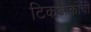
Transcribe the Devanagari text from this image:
टिकटीकीची